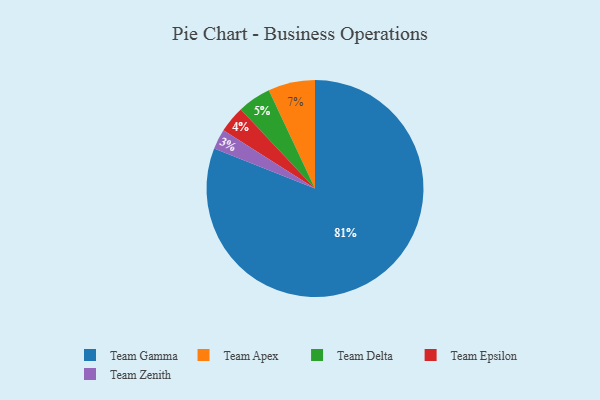
{"axis": {"x": "Category", "y": "Percentage"}, "legend": ["Team Apex", "Team Delta", "Team Epsilon", "Team Gamma", "Team Zenith"], "data": [{"x": "Team Gamma", "y": 81, "type": "Team Gamma"}, {"x": "Team Delta", "y": 5, "type": "Team Delta"}, {"x": "Team Epsilon", "y": 4, "type": "Team Epsilon"}, {"x": "Team Zenith", "y": 3, "type": "Team Zenith"}, {"x": "Team Apex", "y": 7, "type": "Team Apex"}]}